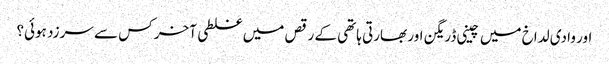
اور وادی لداخ میں چینی ڈریگن اور بھارتی ہاتھی کے رقص میں غلطی آخر کس سے سرزد ہوئی؟